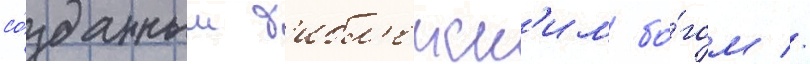
со́зданным б'ибл'еиск'им бо́гом //